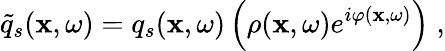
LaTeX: \widetilde{q}_{s}(\mathbf{x},\omega)=q_{s}(\mathbf{x},\omega)\left(\rho(\mathbf{x},\omega)e^{i\varphi(\mathbf{x},\omega)}\right)\; ,